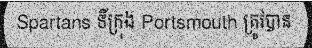
Spartans ទីក្រុង Portsmouth ត្រូវបាន